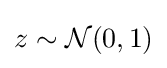
z\sim {\mathcal {N}}(0,1)